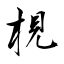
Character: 梘